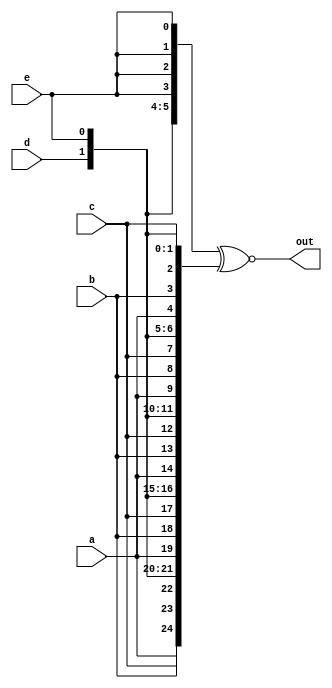
module top_module (
    input  wire a, b, c, d, e,
    output wire [24:0] out
);

    wire [24:0] x, y;

    assign x = {{5{a}}, {5{b}}, {5{c}}, {5{d}}, {5{e}}};
    assign y = {5{a, b, c, d, e}};

    assign out = x ~^ y;

endmodule